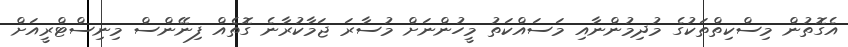
އެގޮތުން މިސްކިތްތަކުގެ މުދިމުންނާއި މަސައްކަތު މީހުންނަށް މުސާރަ ޖަމާކުރާނެ ގޮތެއް ފިނޭންސް މިނިސްޓްރީއަށް